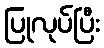
ပြုလုပ်ပြီး